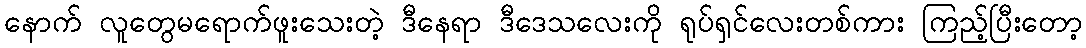
နောက် လူတွေမရောက်ဖူးသေးတဲ့ ဒီနေရာ ဒီဒေသလေးကို ရုပ်ရှင်လေးတစ်ကား ကြည့်ပြီးတော့